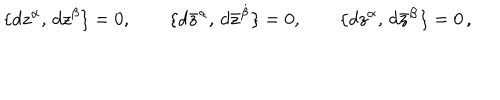
LaTeX: \{ d z ^ { \alpha } , \, d z ^ { \beta } \} = 0 , \qquad \{ d \bar { z } ^ { \dot { \alpha } } , \, d \bar { z } ^ { \dot { \beta } } \} = 0 , \qquad \{ d z ^ { \alpha } , \, d \bar { z } ^ { \dot { \beta } } \} = 0 \, ,